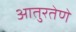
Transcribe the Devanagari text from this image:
आतुरतेणे